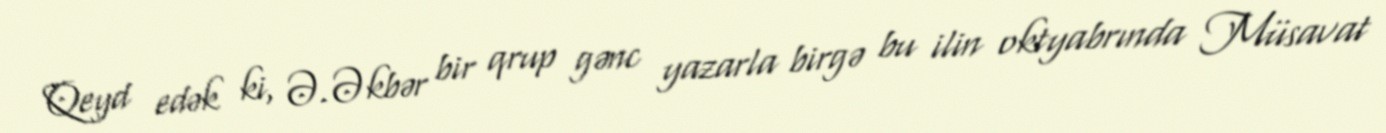
Qeyd edək ki, Ə.Əkbər bir qrup gənc yazarla birgə bu ilin oktyabrında Müsavat